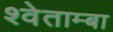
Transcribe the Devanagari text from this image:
श्वेताम्बा